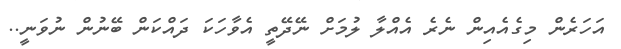
އަހަރެން މިގެއެއިން ނެރެ އެއްލާ ލުމަށް ނޭދޭތީ އެވާހަކަ ދައްކަން ބޭނުން ނުވަނީ..